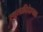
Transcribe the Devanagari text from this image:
स्थूलादिदेहचक्र